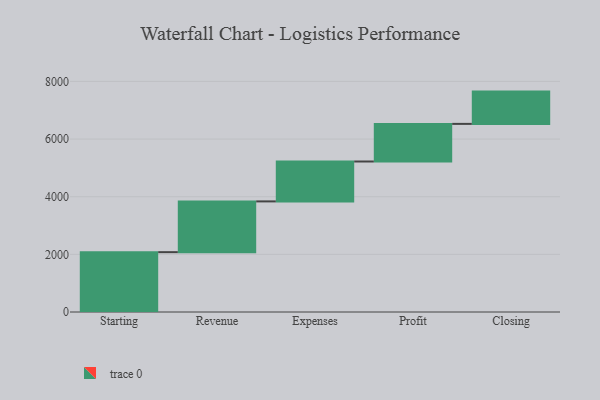
{"axis": {"x": "Step", "y": "Value"}, "legend": [""], "data": [{"x": "Starting", "y": 2076.0, "type": ""}, {"x": "Revenue", "y": 1761.0, "type": ""}, {"x": "Expenses", "y": 1384.0, "type": ""}, {"x": "Profit", "y": 1305.0, "type": ""}, {"x": "Closing", "y": 1120.0, "type": ""}]}